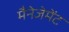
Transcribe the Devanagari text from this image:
मैनेजेमेंट